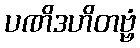
ပဏိဒဟိတဗ္ဗံ